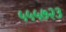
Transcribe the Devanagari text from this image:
५५५७२३